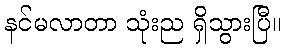
နင်မလာတာ သုံးည ရှိသွားပြီ။